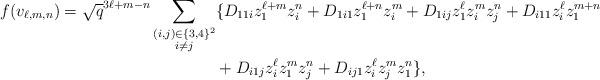
LaTeX: \begin{align*}f(v_{\ell,m,n})=\sqrt{q}^{3\ell+m-n}\sum_{\substack{(i,j)\in\{3,4\}^2\\i\neq j}}&\{D_{11i}z_1^{\ell+m}z_i^n+D_{1i1}z_1^{\ell+n}z_i^m+D_{1ij}z_1^\ell z_i^mz_j^n+D_{i11}z_i^\ell z_1^{m+n}\\&+D_{i1j}z_i^\ell z_1^m z_j^n+D_{ij1}z_i^\ell z_j^mz_1^n\},\\\end{align*}